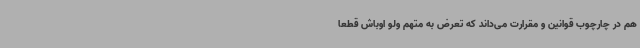
هم در چارچوب قوانین و مقرارت می‌داند که تعرض به متهم ولو اوباش قطعا